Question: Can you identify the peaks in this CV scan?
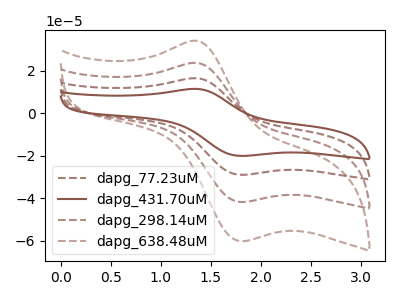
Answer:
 <answer>The brown dashed curve "dapg_77.23uM" has an anodic peak at (1.35V, 16.40uA) and a cathodic peak at (1.80V, -29.00uA). The brown curve "dapg_431.70uM" has an anodic peak at (1.35V, 11.35uA) and a cathodic peak at (1.80V, -20.10uA). The brown dashed curve "dapg_298.14uM" has an anodic peak at (1.35V, 32.75uA) and a cathodic peak at (1.80V, -58.00uA). The brown dashed curve "dapg_638.48uM" has an anodic peak at (1.35V, 49.15uA) and a cathodic peak at (1.80V, -86.95uA).</answer>
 <eval></eval>